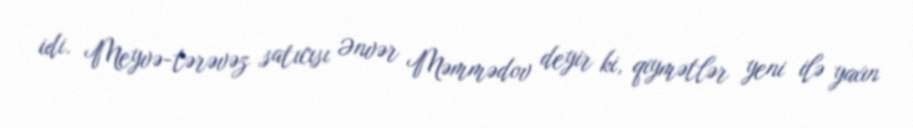
idi. Meyvə-tərəvəz satıcısı Ənvər Məmmədov deyir ki, qiymətlər yeni ilə yaxın